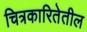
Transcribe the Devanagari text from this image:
चित्रकारितेतील